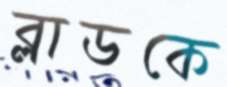
ব্লাডকে